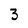
Character: 3